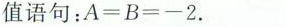
值语句：$$A=B=-2$$